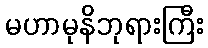
မဟာမုနိဘုရားကြီး